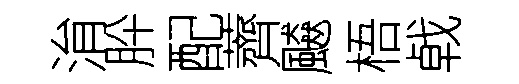
㳙肸配薺飇梧㦸